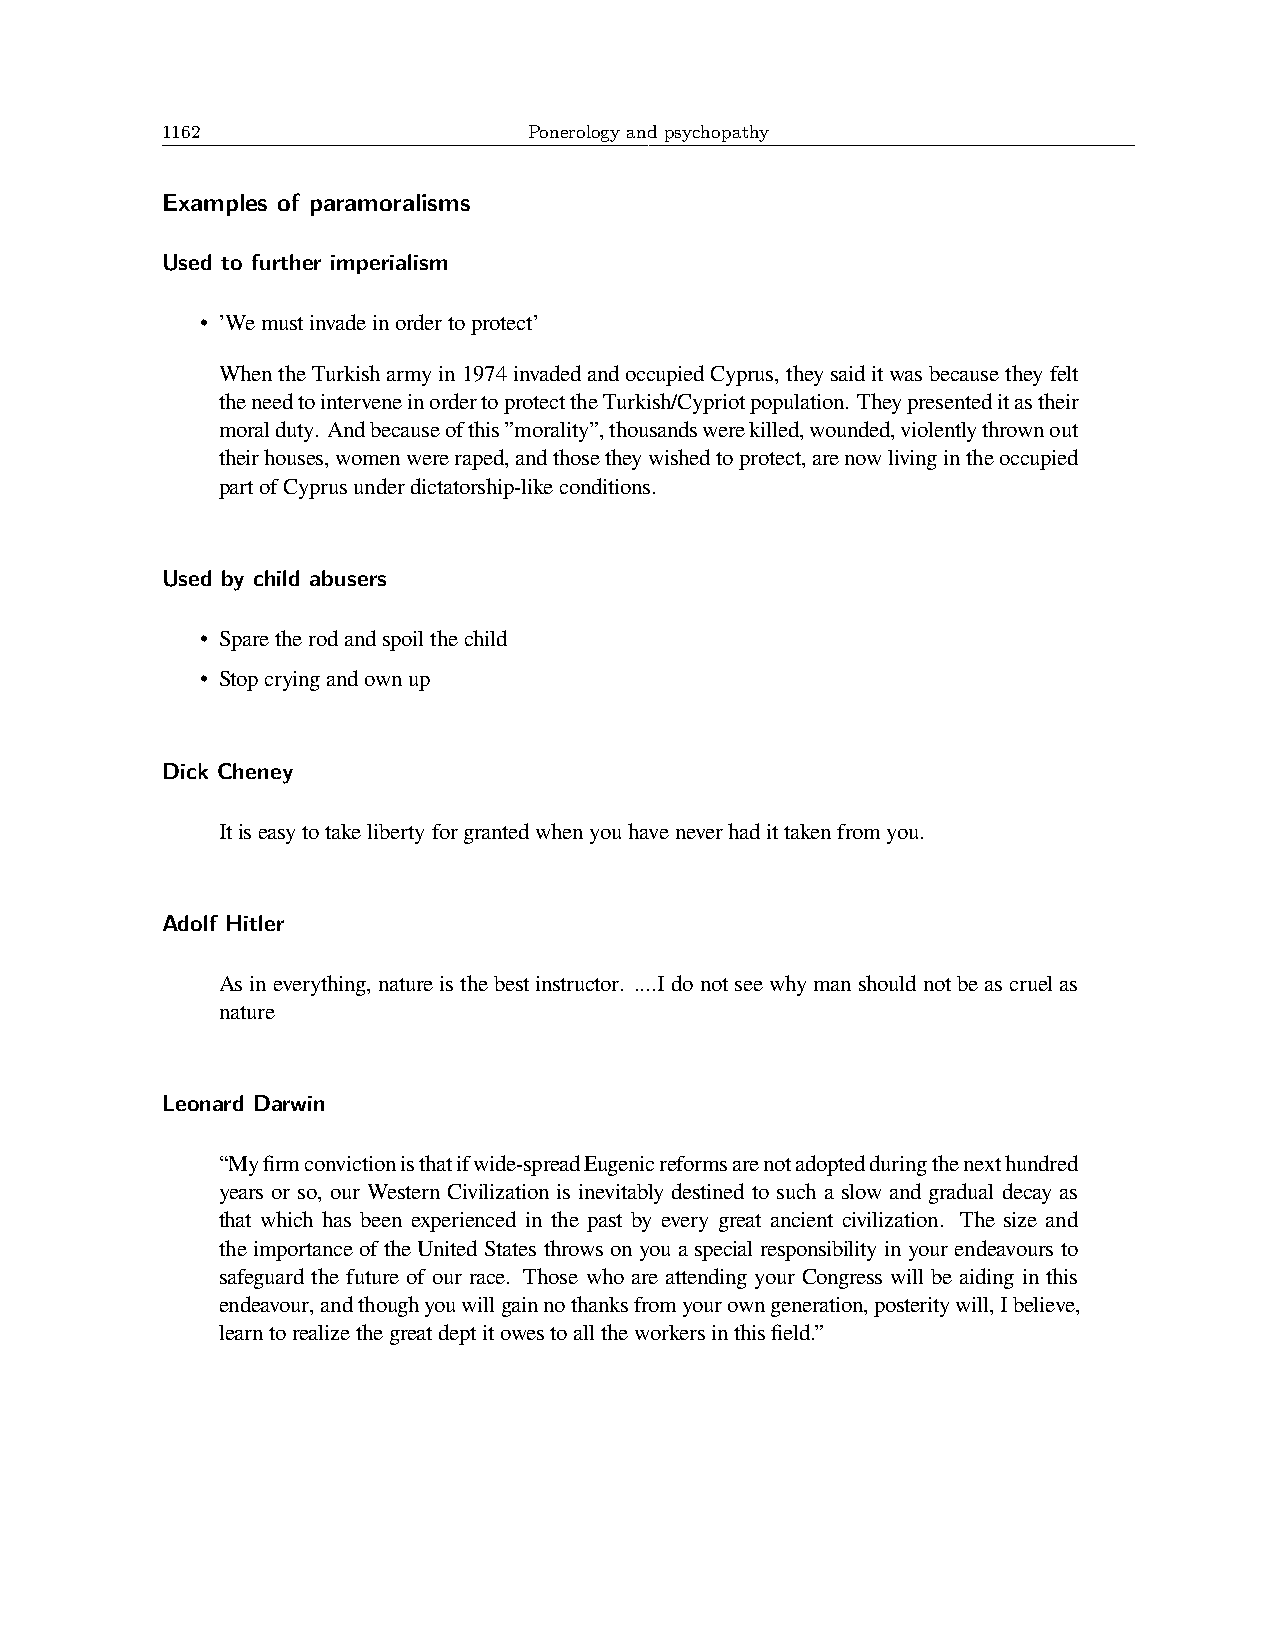
1162                    Ponerology and psychopathy
 Examples of paramoralisms
 Used to further imperialism
 • ’Wemustinvadeinordertoprotect’
 WhentheTurkisharmyin1974invadedandoccupiedCyprus,theysaiditwasbecausetheyfelt
 theneedtointerveneinordertoprotecttheTurkish/Cypriotpopulation. Theypresenteditastheir
 moralduty. Andbecauseofthis”morality”,thousandswerekilled,wounded,violentlythrownout
 theirhouses,womenwereraped,andthosetheywishedtoprotect,arenowlivingintheoccupied
 partofCyprusunderdictatorship-likeconditions.
 Used by child abusers
 • Sparetherodandspoilthechild
 • Stopcryingandownup
 Dick Cheney
 Itiseasytotakelibertyforgrantedwhenyouhaveneverhadittakenfromyou.
 Adolf Hitler
 Asineverything,natureisthebestinstructor. ....Idonotseewhymanshouldnotbeascruelas
 nature
 Leonard Darwin
 “Myfirmconvictionisthatifwide-spreadEugenicreformsarenotadoptedduringthenexthundred
 years or so, our Western Civilization is inevitably destined to such a slow and gradual decay as
 that which has been experienced in the past by every great ancient civilization. The size and
 the importance of the United States throws on you a special responsibility in your endeavours to
 safeguard the future of our race. Those who are attending your Congress will be aiding in this
 endeavour,andthoughyouwillgainnothanksfromyourowngeneration,posteritywill,Ibelieve,
 learntorealizethegreatdeptitowestoalltheworkersinthisfield.”